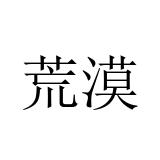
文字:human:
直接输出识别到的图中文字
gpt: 荒漠